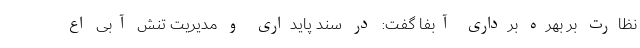
نظارت بر بهره برداری آبفا گفت: در سند پایداری و مدیریت تنش آبی اع